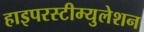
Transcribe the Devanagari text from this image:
हाइपरस्टीम्युलेशन